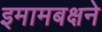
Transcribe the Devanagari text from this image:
इमामबक्षने